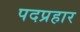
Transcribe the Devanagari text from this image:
पदप्रहार